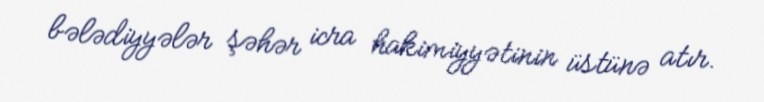
bələdiyyələr şəhər icra hakimiyyətinin üstünə atır.